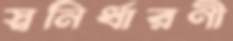
স্বনির্ধারণী